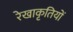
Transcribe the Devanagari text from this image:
रेखाकृतियों